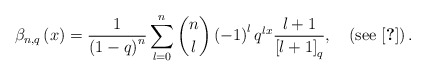
\begin{align*}\beta_{n,q}\left(x\right)=\frac{1}{\left(1-q\right)^{n}}\sum_{l=0}^{n}\dbinom{n}{l}\left(-1\right)^{l}q^{lx}\frac{l+1}{\left[l+1\right]_{q}},\quad\left(\mbox{see \cite{key-5}}\right).\end{align*}